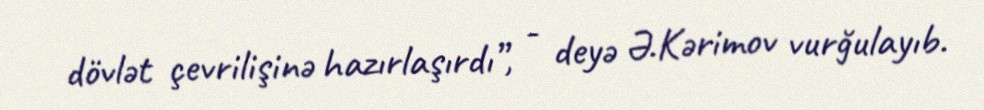
dövlət çevrilişinə hazırlaşırdı”, - deyə Ə.Kərimov vurğulayıb.